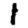
Digit: 1